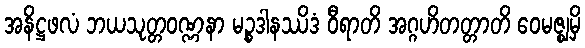
အနိဋ္ဌဖလံ ဘယသုတ္တဝဏ္ဏနာ မဉ္စဒါနဿိဒံ ဝီရာတိ အဂ္ဂဟိတတ္တာတိ ဝေမဇ္ဈမှိ